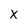
Character: X